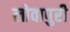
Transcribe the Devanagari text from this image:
लोवापुरी